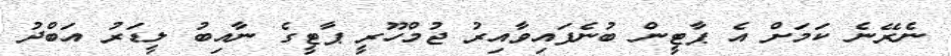
ނެރޭނެ ކަމަށް އެ ޕާޓީން ބުނެފައިވާއިރު ޖުމްހޫރީ ޕާޓީގެ ނާއިބު ލީޑަރު އަބްދު